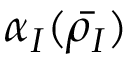
\alpha _ { I } ( \bar { \rho _ { I } } )